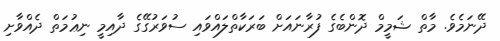
ދޭނަމެވެ. މާތް ޝަމީމް ދޮންބެގެ ފުރާނައަށް ބަރަކާތްލައްވައި ސުވަރުގޭގެ ދާއިމީ ނިޢުމަތް ދެއްވާށި